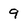
Character: 9